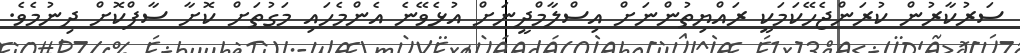
ސަރުކާރުން ކުރަންޖެހޭކަމަކީ ރައްޔިތުންނަށް އިސްލާމްދީނަށް އުޅެވޭނެ އެންމެހައި މަގުތަށް ކޮށާ ސާފްކޮށް ދިނުމެވެ.